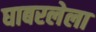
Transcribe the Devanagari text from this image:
घाबरलेला